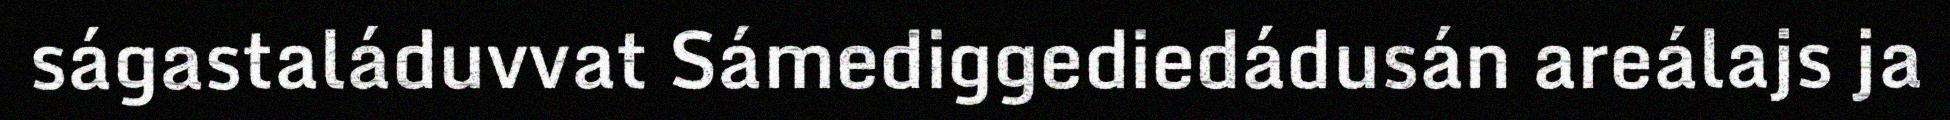
ságastaláduvvat Sámediggediedádusán areálajs ja